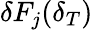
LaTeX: \delta F_{j}(\delta_{T})